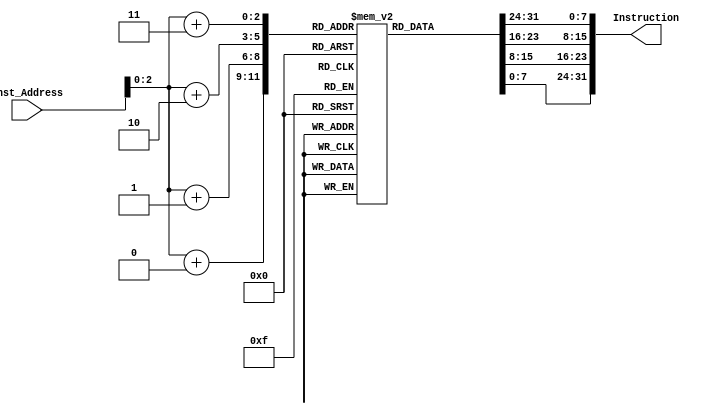
module Instruction_Memory(
  input [63:0] Inst_Address,
  output reg [31:0] Instruction

);
  
  reg [7:0] Instruction_Memory [7:0];
  
  initial
    begin 
//    //TESTCASE 1
//        //Addi x1,x0,8
//    Instruction_Memory[3] = 8'b00000000;
//    Instruction_Memory[2] = 8'b10000000;
//    Instruction_Memory[1] = 8'b00000000;
//    Instruction_Memory[0] = 8'b10010011;
    
//       //Addi x4,x0, x1
//    Instruction_Memory[7] = 8'b00000000;
//    Instruction_Memory[6] = 8'b00010000;
//    Instruction_Memory[5] = 8'b00000010;
//    Instruction_Memory[4] = 8'b00110011;
//TESTCASE 2
     //00800093 //Addi x1,x0,8
    Instruction_Memory[3] = 8'b00000000;
    Instruction_Memory[2] = 8'b10000000;
    Instruction_Memory[1] = 8'b00000000;
    Instruction_Memory[0] = 8'b10010011;
    
    //00008213 //Addi x4,x1,2
    Instruction_Memory[7] = 8'b00000000;
    Instruction_Memory[6] = 8'b00000000;
    Instruction_Memory[5] = 8'b10000010;
    Instruction_Memory[4] = 8'b00010011;
      
      
    end
  
  always @ (Inst_Address)
    begin
      Instruction = {Instruction_Memory[Inst_Address+3], Instruction_Memory[Inst_Address+2], Instruction_Memory[Inst_Address+1], Instruction_Memory[Inst_Address+0]};
    end
  
endmodule